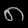
Digit: ၈